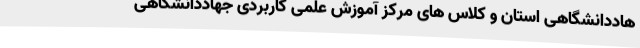
هاددانشگاهی استان و کلاس های مرکز آموزش علمی کاربردی جهاددانشگاهی